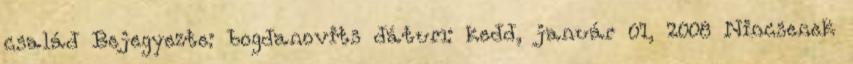
család Bejegyezte: bogdanovits dátum: kedd, január 01, 2008 Nincsenek